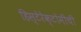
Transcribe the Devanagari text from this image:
हिस्टेरेक्टोमीची